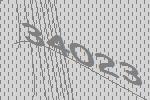
34023